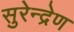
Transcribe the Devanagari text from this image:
सुरेन्द्रेण